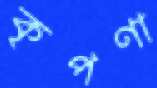
কৃপণা